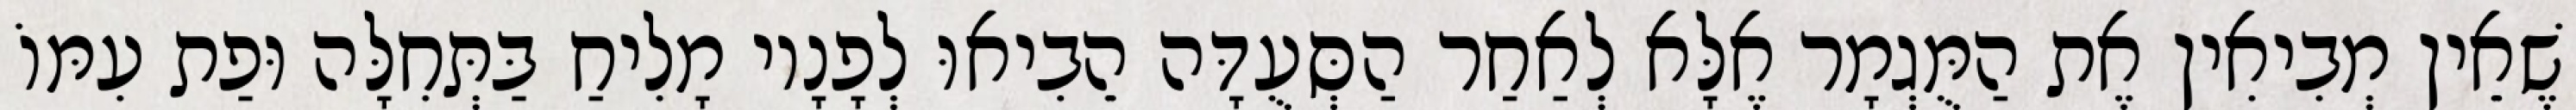
שֶׁאֵין מְבִיאִין אֶת הַמֻּגְמָר אֶלָּא לְאַחַר הַסְּעֻדָּה הֵבִיאוּ לְפָנָיו מָלִיחַ בַּתְּחִלָּה וּפַת עִמּוֹ